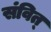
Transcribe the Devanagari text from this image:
संवित्